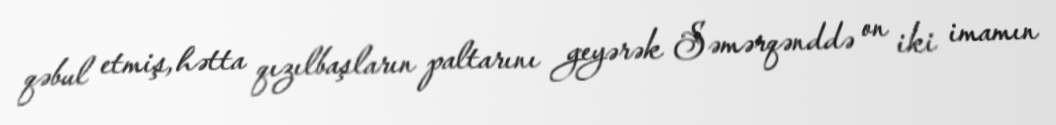
qəbul etmiş, hətta qızılbaşların paltarını geyərək Səmərqənddə on iki imamın